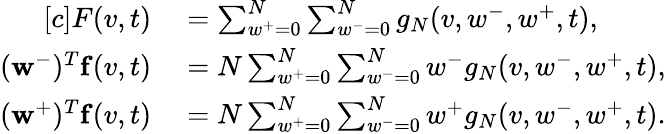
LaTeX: \begin{array}{r}{\begin{array}{rl}{[c]F(v,t)}&{{}=\sum_{w^{+}=0}^{N}\sum_{w^{-}=0}^{N}g_{N}(v,w^{-},w^{+},t),}\\ {(\mathbf{w}^{-})^{T}\mathbf{f}(v,t)}&{{}=N\sum_{w^{+}=0}^{N}\sum_{w^{-}=0}^{N}w^{-}g_{N}(v,w^{-},w^{+},t),}\\ {(\mathbf{w}^{+})^{T}\mathbf{f}(v,t)}&{{}=N\sum_{w^{+}=0}^{N}\sum_{w^{-}=0}^{N}w^{+}g_{N}(v,w^{-},w^{+},t).}\end{array}}\end{array}